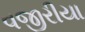
વજીરીયા